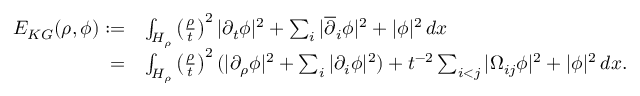
\begin{array} { r l } { E _ { K G } ( \rho , \phi ) : = } & { \int _ { H _ { \rho } } \left( \frac \rho t \right) ^ { 2 } | \partial _ { t } \phi | ^ { 2 } + \sum _ { i } | \overline { { \partial } } _ { i } \phi | ^ { 2 } + | \phi | ^ { 2 } \, d x } \\ { = } & { \int _ { H _ { \rho } } \left( \frac \rho t \right) ^ { 2 } ( | \partial _ { \rho } \phi | ^ { 2 } + \sum _ { i } | \partial _ { i } \phi | ^ { 2 } ) + t ^ { - 2 } \sum _ { i < j } | \Omega _ { i j } \phi | ^ { 2 } + | \phi | ^ { 2 } \, d x . } \end{array}